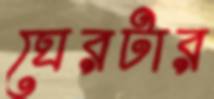
ঘেরটার